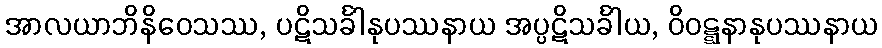
အာလယာဘိနိဝေသဿ, ပဋိသင်္ခါနုပဿနာယ အပ္ပဋိသင်္ခါယ, ဝိဝဋ္ဋနာနုပဿနာယ